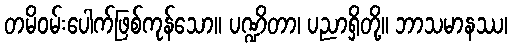
တမိဝမ်းပေါက်ဖြစ်ကုန်သော။ ပဏ္ဍိတာ၊ ပညာရှိတို့။ ဘာသမာနဿ၊